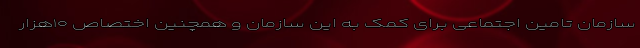
سازمان تامین اجتماعی برای کمک به این سازمان و همچنین اختصاص ۱۰هزار